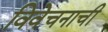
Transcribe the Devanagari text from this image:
विवेचनाची